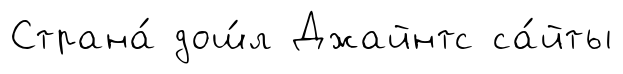
Страна́ дош́л Джайнтс са́йты